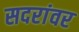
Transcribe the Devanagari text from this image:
सदरांवर